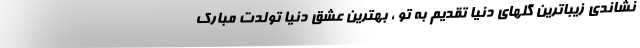
نشاندی زیباترین گلهای دنیا تقدیم به تو ، بهترین عشق دنیا تولدت مبارک